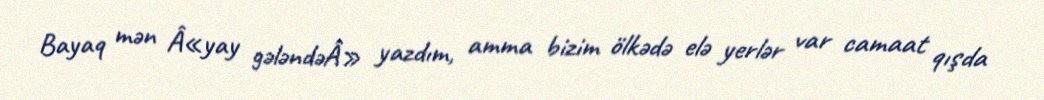
Bayaq mən Â«yay gələndəÂ» yazdım, amma bizim ölkədə elə yerlər var camaat qışda